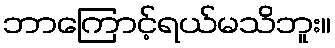
ဘာကြောင့်ရယ်မသိဘူး။